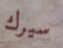
سيرك